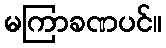
မကြာခဏပင်။